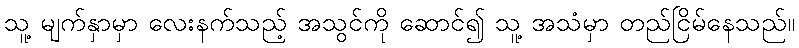
သူ့ မျက်နှာမှာ လေးနက်သည့် အသွင်ကို ဆောင်၍ သူ့ အသံမှာ တည်ငြိမ်နေသည်။